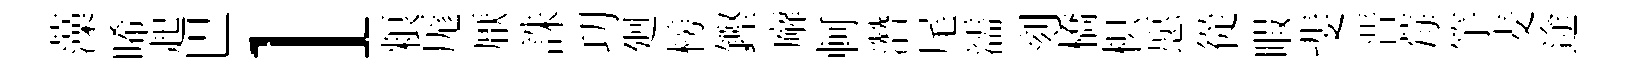
藻晞起巴l粮厖厭誅㓛廻榜鏗廨軻濳尾濡刻橋枳愿從睱斐晋莓竽麦途